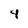
Character: 4